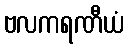
ဗလကရဏီယံ